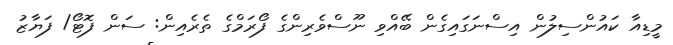
މީޑިއާ ކައުންސިލުން އިސްނަގައިގެން ބޭއްވި ނޫސްވެރިންގެ ފޯރަމްގެ ތެރެއިން: ސަން ފޮޓޯ/ ފަޔާޒު